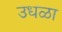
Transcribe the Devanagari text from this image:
उधळा